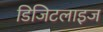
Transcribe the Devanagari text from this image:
डिजिटलाइज